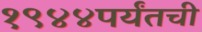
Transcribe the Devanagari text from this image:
१९४४पर्यंतची